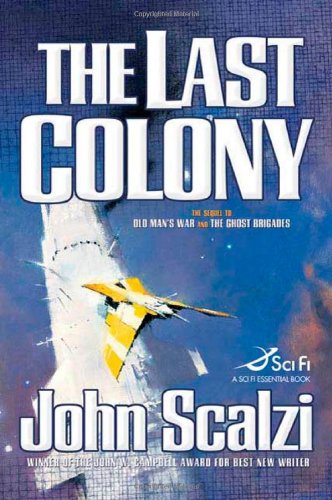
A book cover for The Last Colony; John Scalzi; Science Fiction & Fantasy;